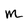
Character: m